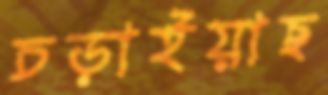
চড়াইয়াছ